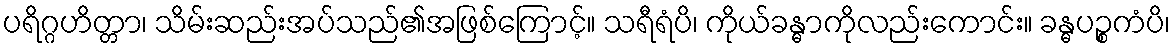
ပရိဂ္ဂဟိတ္တာ၊ သိမ်းဆည်းအပ်သည်၏အဖြစ်ကြောင့်။ သရီရံပိ၊ ကိုယ်ခန္ဓာကိုလည်းကောင်း။ ခန္ဓပဉ္စကံပိ၊